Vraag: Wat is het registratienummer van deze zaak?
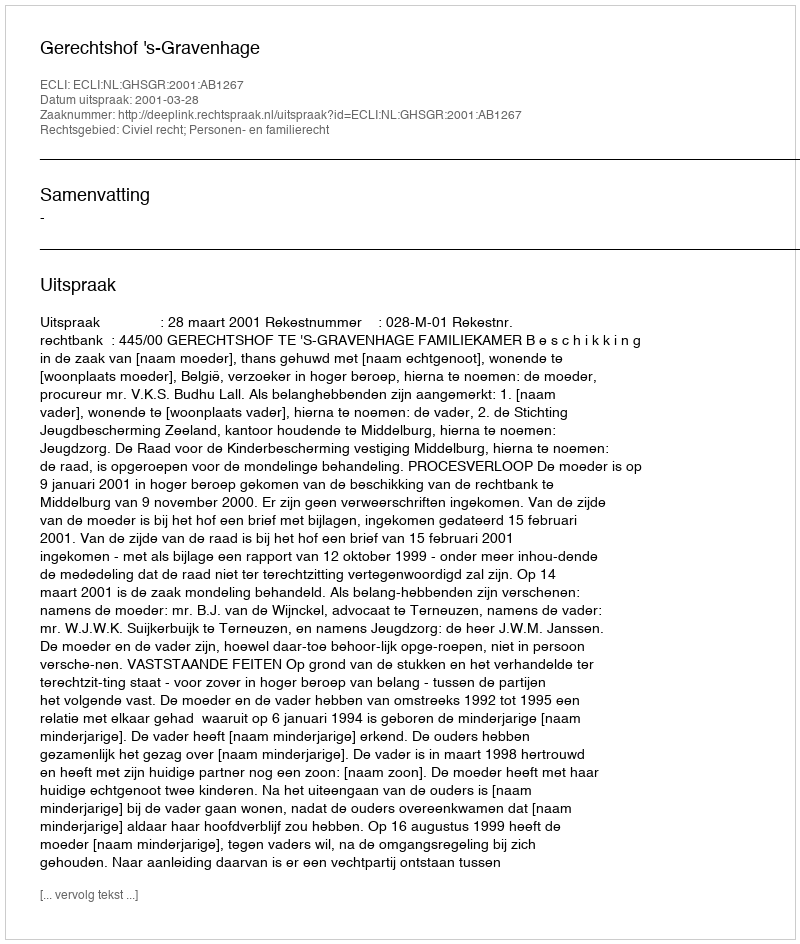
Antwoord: http://deeplink.rechtspraak.nl/uitspraak?id=ECLI:NL:GHSGR:2001:AB1267